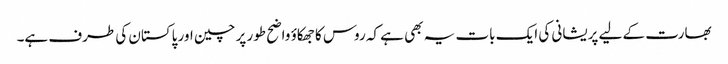
بھارت کے لیے پریشانی کی ایک بات یہ بھی ہے کہ روس کا جھکاؤ واضح طور پر چین اور پاکستان کی طرف ہے۔